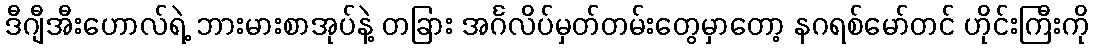
ဒီဂျီအီးဟောလ်ရဲ့ ဘားမားစာအုပ်နဲ့ တခြား အင်္ဂလိပ်မှတ်တမ်းတွေမှာတော့ နဂရစ်မော်တင် ဟိုင်းကြီးကို